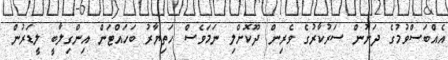
އެއްބަސްވުމުގެ ދަށުން ސަރުކާރުގެ ވެރިން ދޫކޮށްލި ނަމަވެސް ހަތިޔާރު ބަހައްޓަން އިންގިލާބީ ލީޑަރުން